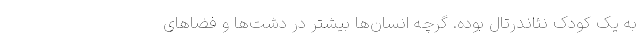
به یک کودک نئاندرتال بوده. گرچه انسان‌ها بیشتر در دشت‌ها و فضاهای